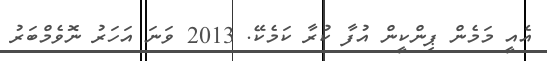
އެއީ މަމެން ޕިންކީން އުފާ ކުރާ ކަމެކޭ. 2013 ވަނަ އަހަރު ނޮވެމްބަރު